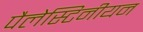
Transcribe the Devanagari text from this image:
पैलेस्टिनीयन